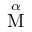
\overset { \alpha } { \mathrm { M } }